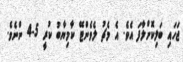
ޖަހައި ބަލިކޮށްލާފަ އެވެ. އެ މެޗު ލެވެންޓޭ ކާމިޔާބު ކުރީ 5-4 ންނެވެ.